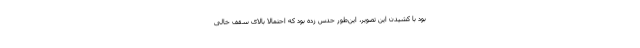
بود با کشیدن این تصویر، این‌طور حدس زده بود که احتمالا بالای سقف خالی